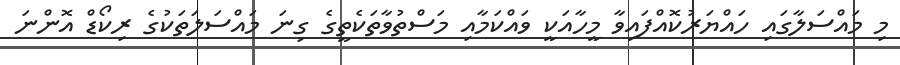
މި މައްސަލާގައި ހައްޔަރުކޮއްފައިވާ މީހާއަކީ ވައްކަމާއި މަސްތުވާތަކެތީގެ ގިނަ މައްސަލަތަކުގެ ރިކޯޑް އޮންނަ